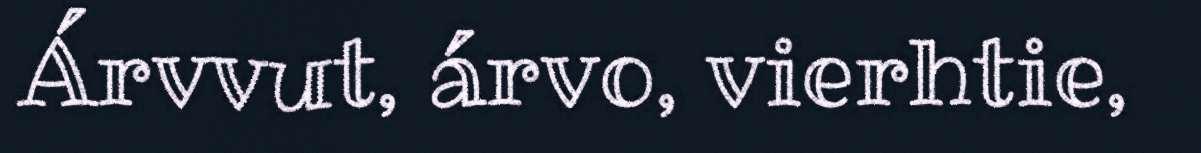
Árvvut, árvo, vierhtie,